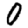
Digit: 0